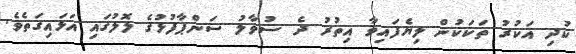
ކުދި އަކުރު ތަކަކުން ލިޔެފައިވާ އިތުރު ދެ ސުވާލު ސަންޕާފުޅުގެ ލޮލުގައި އަޅައިގަތެވެ.